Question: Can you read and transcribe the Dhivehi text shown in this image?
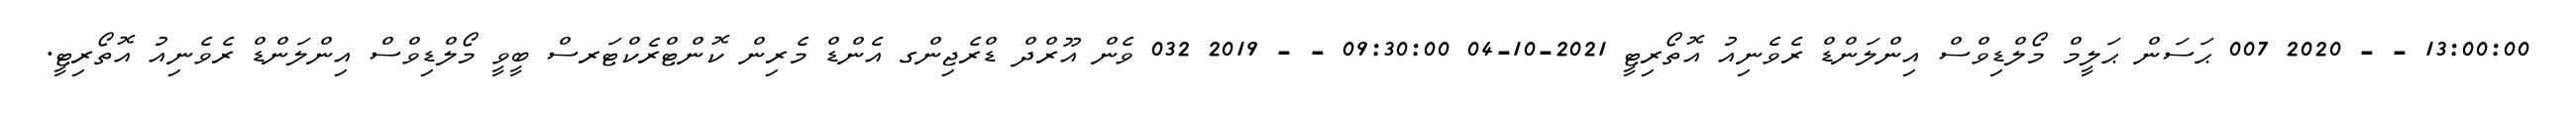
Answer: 13:00:00 - - 2020 007 ޙަސަން ޙަލީމް މޯލްޑިވްސް އިންލަންޑް ރެވެނިއު އޮތޯރިޓީ 2021-10-04 09:30:00 - - 2019 032 ވެން އޫރްދް ޑްރެޖިންގ އެންޑް މެރިން ކޮންޓްރެކްޓަރސް ބީވީ މޯލްޑިވްސް އިންލަންޑް ރެވެނިއު އޮތޯރިޓީ.